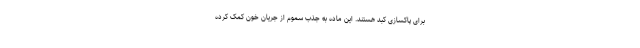
برای پاکسازی کبد هستند. این ماده به جذب سموم از جریان خون کمک کرده